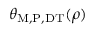
\theta _ { \mathrm { M , P , D T } } ( \rho )